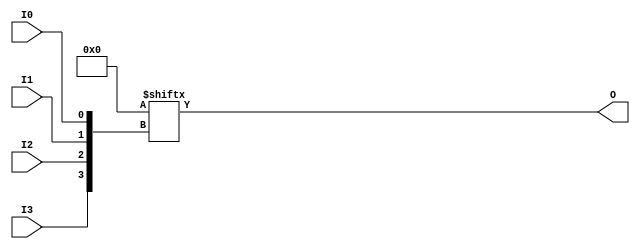
// $Header: /devl/xcs/repo/env/Databases/CAEInterfaces/verunilibs/data/unisims/LUT4.v,v 1.6 2005/03/14 22:32:54 yanx Exp $
///////////////////////////////////////////////////////////////////////////////
// Copyright (c) 1995/2004 Xilinx, Inc.
// All Right Reserved.
///////////////////////////////////////////////////////////////////////////////
//   ____  ____
//  /   /\/   /
// /___/  \  /    Vendor : Xilinx
// \   \   \/     Version : 8.1i (I.13)
//  \   \         Description : Xilinx Functional Simulation Library Component
//  /   /                  4-input Look-Up-Table with General Output
// /___/   /\     Filename : LUT4.v
// \   \  /  \    Timestamp : Thu Mar 25 16:42:54 PST 2004
//  \___\/\___\
//
// Revision:
//    03/23/04 - Initial version.
//    02/04/05 - Rev 0.0.1 Replace premitive with function; Remove buf.
// End Revision

`timescale  100 ps / 10 ps


module LUT4 (O, I0, I1, I2, I3);

  parameter INIT = 16'h0000;

  input I0, I1, I2, I3;

  output O;

  reg O;
  reg tmp;

  always @(  I3 or  I2 or  I1 or  I0 )  begin
 
    tmp =  I0 ^ I1  ^ I2 ^ I3;

    if ( tmp == 0 || tmp == 1)

        O = INIT[{I3, I2, I1, I0}];

    else 
    
      O =  lut4_mux4 ( {lut4_mux4 ( INIT[15:12], {I1, I0}),
                          lut4_mux4 ( INIT[11:8], {I1, I0}),
                          lut4_mux4 ( INIT[7:4], {I1, I0}),
                          lut4_mux4 ( INIT[3:0], {I1, I0}) }, {I3, I2});
  end

  function lut4_mux4;
  input [3:0] d;
  input [1:0] s;
   
  begin

       if ((s[1]^s[0] ==1) || (s[1]^s[0] ==0))
           
           lut4_mux4 = d[s];

         else if ((d[0] === d[1]) && (d[2] === d[3]) && (d[0] === d[2])) 
           lut4_mux4 = d[0];
         else if ((s[1] == 0) && (d[0] === d[1]))
           lut4_mux4 = d[0];
         else if ((s[1] == 1) && (d[2] === d[3])) 
           lut4_mux4 = d[2];
         else if ((s[0] == 0) && (d[0] === d[2])) 
           lut4_mux4 = d[0];
         else if ((s[0] == 1) && (d[1] === d[3]))
           lut4_mux4 = d[1];
         else
           lut4_mux4 = 1'bx;
   end
  endfunction

endmodule